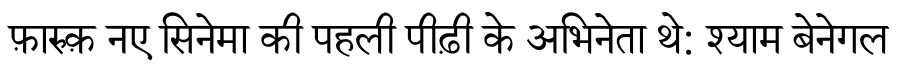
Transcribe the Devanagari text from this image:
फ़ारुक़ नए सिनेमा की पहली पीढ़ी के अभिनेता थे: श्याम बेनेगल